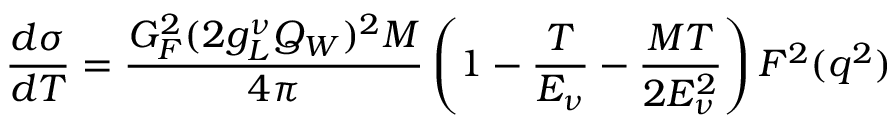
\frac { d \sigma } { d T } = \frac { G _ { F } ^ { 2 } ( 2 g _ { L } ^ { \nu } Q _ { W } ) ^ { 2 } M } { 4 \pi } \left( 1 - \frac { T } { E _ { \nu } } - \frac { M T } { 2 E _ { \nu } ^ { 2 } } \right) F ^ { 2 } ( q ^ { 2 } )